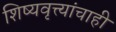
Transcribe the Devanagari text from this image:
शिष्यवृत्त्यांचाही